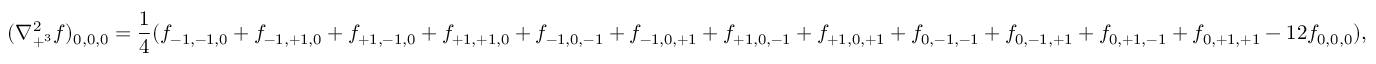
( \nabla _ { + ^ { 3 } } ^ { 2 } f ) _ { 0 , 0 , 0 } = { \frac { 1 } { 4 } } ( f _ { - 1 , - 1 , 0 } + f _ { - 1 , + 1 , 0 } + f _ { + 1 , - 1 , 0 } + f _ { + 1 , + 1 , 0 } + f _ { - 1 , 0 , - 1 } + f _ { - 1 , 0 , + 1 } + f _ { + 1 , 0 , - 1 } + f _ { + 1 , 0 , + 1 } + f _ { 0 , - 1 , - 1 } + f _ { 0 , - 1 , + 1 } + f _ { 0 , + 1 , - 1 } + f _ { 0 , + 1 , + 1 } - 1 2 f _ { 0 , 0 , 0 } ) ,